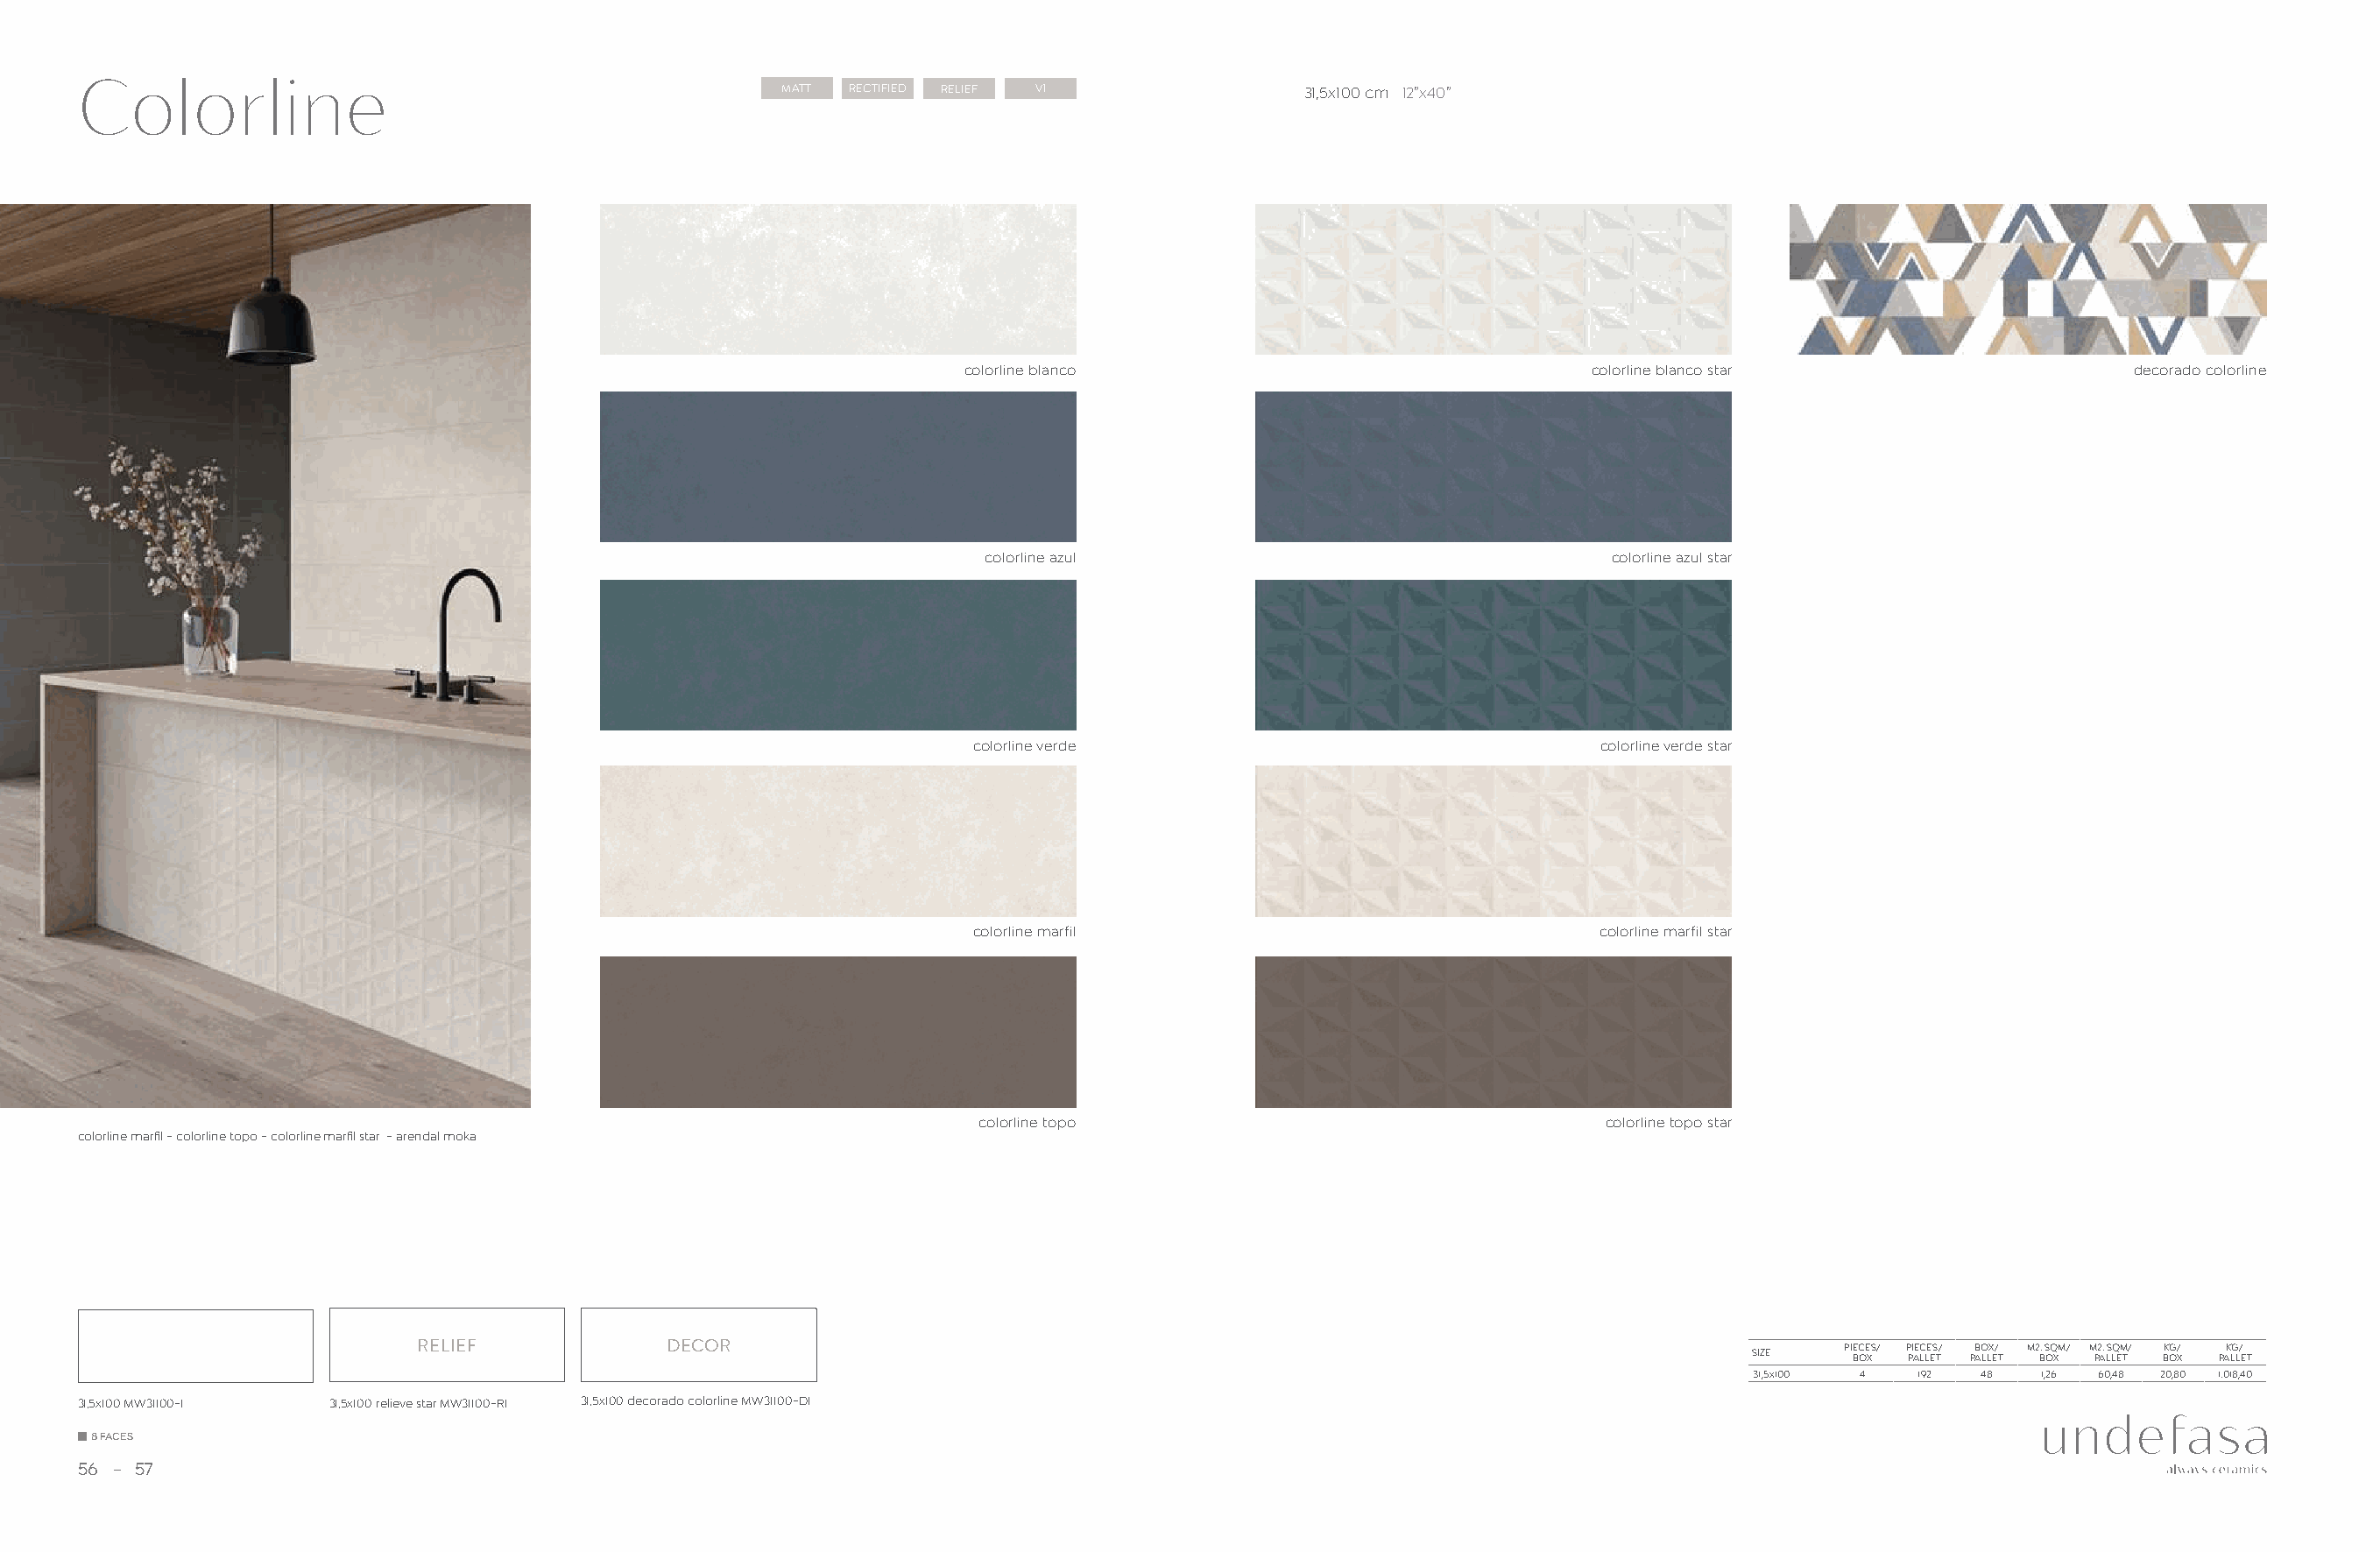
Colorline                                            MATT RECTIFIED RELIEF V1                31,5x100 cm 12”x40”
 colorline blanco                               colorline blanco star                    decorado colorline
 colorline azul                                  colorline azul star
 colorline verde                                colorline verde star
 colorline marfil                               colorline marfil star
 colorline topo                                 colorline topo star
 colorline marfil - colorline topo - colorline marfil star - arendal moka
 RELIEF            DECOR                                                                                    PIECES/ PIECES/ BOX/ M2. SQM/ M2. SQM/ KG/ KG/
 SIZE    BOX PALLET PALLET BOX PALLET BOX PALLET
 31,5x100 4   192  48  1,26 60,48 20,80 1.018,40
 31,5x100 MW31100-1 31,5x100 relieve star MW31100-R1 31,5x100 decorado colorline MW31100-D1
 8 FACES
 56  57